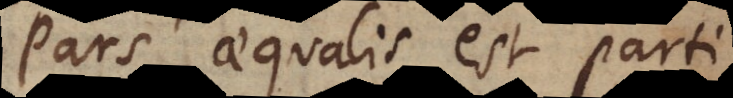
Pars aequalis est parti